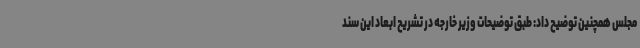
مجلس همچنین توضیح داد: طبق توضیحات وزیر خارجه در تشریح ابعاد این سند